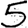
Digit: 5